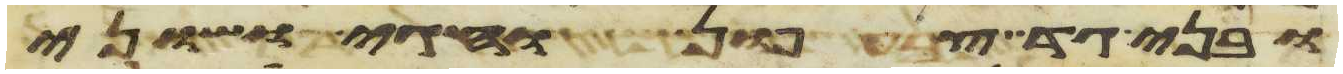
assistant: ובני גד צפון וחגי ושוני